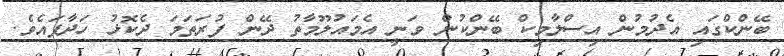
ބޭންކްގައި އެދުމުން އިސްލާމިކް ބޭންކުން ވަނީ އެމައުލޫމާތު ދޭން ފުރަތަމަ ދެކޮޅު ހަދާފައެވެ.